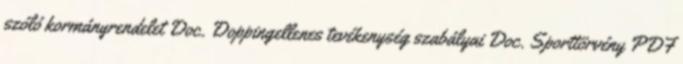
szóló kormányrendelet Doc. Doppingellenes tevékenység szabályai Doc. Sporttörvény PDF